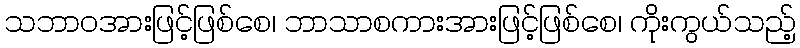
သဘာဝအားဖြင့်ဖြစ်စေ၊ ဘာသာစကားအားဖြင့်ဖြစ်စေ၊ ကိုးကွယ်သည့်